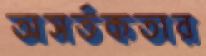
অসর্তকতার